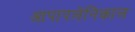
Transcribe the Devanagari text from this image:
आपापलेनिकाल